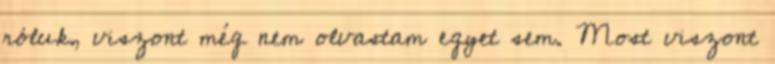
róluk, viszont még nem olvastam egyet sem. Most viszont